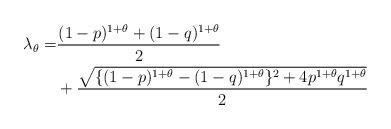
LaTeX: \begin{align*}\lambda_\theta =& \frac{(1-p)^{1+\theta} + (1-q)^{1+\theta} }{2} \\& + \frac{\sqrt{\{(1-p)^{1+\theta} - (1-q)^{1+\theta} \}^2 + 4 p^{1+\theta} q^{1+\theta}} }{2}\end{align*}